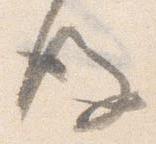
後